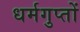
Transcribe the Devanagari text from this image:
धर्मगुप्तों